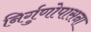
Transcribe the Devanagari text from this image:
निर्गुणोपासना